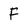
Character: F